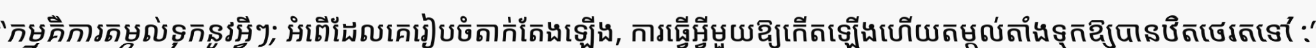
"កម្មគឺការតម្កល់ទុកនូវអ្វីៗ; អំពើដែលគេរៀបចំតាក់តែងឡើង, ការធ្វើអ្វីមួយឱ្យកើតឡើងហើយតម្កល់តាំងទុកឱ្យបានឋិតថេរតទៅ :"